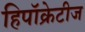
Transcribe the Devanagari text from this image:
हिपॉक्रेटीज